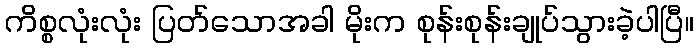
ကိစ္စလုံးလုံး ပြတ်သောအခါ မိုးက စုန်းစုန်းချုပ်သွားခဲ့ပါပြီ။